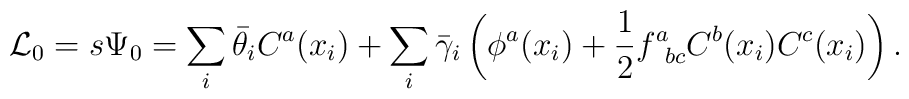
{\cal L}_0=s\Psi_0=\sum_i\bar\theta_iC^a(x_i)+\sum_i\bar\gamma_i\left(\phi^a(x_i)+{1\over2}f^a_{\phantom{a}bc}C^b(x_i)C^c(x_i)\right).